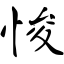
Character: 悛